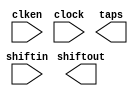
// megafunction wizard: %Shift register (RAM-based)%VBB%
// GENERATION: STANDARD
// VERSION: WM1.0
// MODULE: ALTSHIFT_TAPS 

// ============================================================
// Megafunction Name(s):
// 			ALTSHIFT_TAPS
//
// Simulation Library Files(s):
// 			altera_mf
// ============================================================
// ************************************************************
// THIS IS A WIZARD-GENERATED FILE. DO NOT EDIT THIS FILE!
//
// 10.0 Build 262 08/18/2010 SP 1 SJ Full Version
// ************************************************************

//Copyright (C) 1991-2010 Altera Corporation
//Your use of Altera Corporation's design tools, logic functions 
//and other software and tools, and its AMPP partner logic 
//functions, and any output files from any of the foregoing 
//(including device programming or simulation files), and any 
//associated documentation or information are expressly subject 
//to the terms and conditions of the Altera Program License 
//Subscription Agreement, Altera MegaCore Function License 
//Agreement, or other applicable license agreement, including, 
//without limitation, that your use is for the sole purpose of 
//programming logic devices manufactured by Altera and sold by 
//Altera or its authorized distributors.  Please refer to the 
//applicable agreement for further details.

module Line_Buffer (
	clken,
	clock,
	shiftin,
	shiftout,
	taps);

	input	  clken;
	input	  clock;
	input	[9:0]  shiftin;
	output	[9:0]  shiftout;
	output	[19:0]  taps;

endmodule

// ============================================================
// CNX file retrieval info
// ============================================================
// Retrieval info: LIBRARY: altera_mf altera_mf.altera_mf_components.all
// Retrieval info: PRIVATE: INTENDED_DEVICE_FAMILY STRING "Cyclone IV E"
// Retrieval info: CONSTANT: LPM_HINT STRING "RAM_BLOCK_TYPE=M4K"
// Retrieval info: CONSTANT: LPM_TYPE STRING "altshift_taps"
// Retrieval info: CONSTANT: NUMBER_OF_TAPS NUMERIC "2"
// Retrieval info: CONSTANT: POWER_UP_STATE STRING "CLEARED"
// Retrieval info: CONSTANT: TAP_DISTANCE NUMERIC "640"
// Retrieval info: CONSTANT: WIDTH NUMERIC "10"
// Retrieval info: USED_PORT: clken 0 0 0 0 INPUT NODEFVAL "clken"
// Retrieval info: CONNECT: @clken 0 0 0 0 clken 0 0 0 0
// Retrieval info: USED_PORT: clock 0 0 0 0 INPUT NODEFVAL "clock"
// Retrieval info: CONNECT: @clock 0 0 0 0 clock 0 0 0 0
// Retrieval info: USED_PORT: shiftin 0 0 10 0 INPUT NODEFVAL "shiftin[9..0]"
// Retrieval info: CONNECT: @shiftin 0 0 10 0 shiftin 0 0 10 0
// Retrieval info: USED_PORT: shiftout 0 0 10 0 OUTPUT NODEFVAL "shiftout[9..0]"
// Retrieval info: CONNECT: shiftout 0 0 10 0 @shiftout 0 0 10 0
// Retrieval info: USED_PORT: taps 0 0 20 0 OUTPUT NODEFVAL "taps[19..0]"
// Retrieval info: CONNECT: taps 0 0 20 0 @taps 0 0 20 0
// Retrieval info: GEN_FILE: TYPE_NORMAL Line_Buffer.v TRUE FALSE
// Retrieval info: GEN_FILE: TYPE_NORMAL Line_Buffer.qip TRUE FALSE
// Retrieval info: GEN_FILE: TYPE_NORMAL Line_Buffer.bsf TRUE TRUE
// Retrieval info: GEN_FILE: TYPE_NORMAL Line_Buffer_inst.v TRUE TRUE
// Retrieval info: GEN_FILE: TYPE_NORMAL Line_Buffer_bb.v TRUE TRUE
// Retrieval info: GEN_FILE: TYPE_NORMAL Line_Buffer.inc TRUE TRUE
// Retrieval info: GEN_FILE: TYPE_NORMAL Line_Buffer.cmp TRUE TRUE
// Retrieval info: LIB_FILE: altera_mf